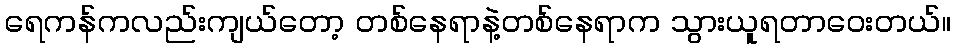
ရေကန်ကလည်းကျယ်တော့ တစ်နေရာနဲ့တစ်နေရာက သွားယူရတာဝေးတယ်။